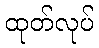
ထုတ်လုပ်